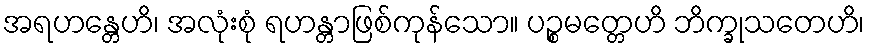
အရဟန္တေဟိ၊ အလုံးစုံ ရဟန္တာဖြစ်ကုန်သော။ ပဉ္စမတ္တေဟိ ဘိက္ခုသတေဟိ၊